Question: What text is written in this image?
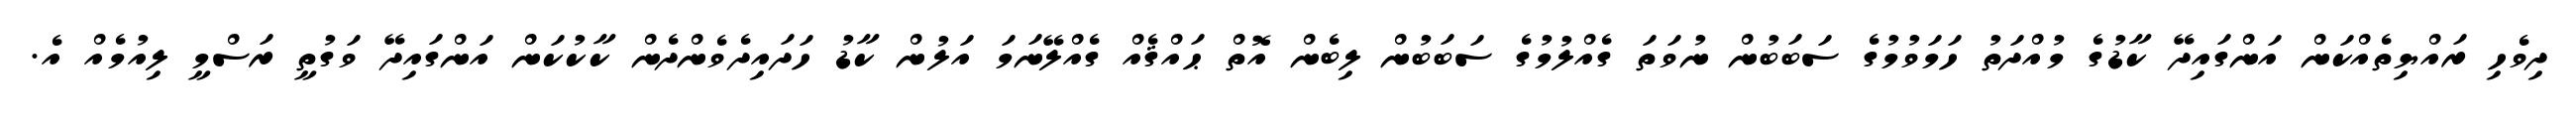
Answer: ދިވެހި ރައްޔިތެއްކަން އަންގައިދޭ ކާޑުގެ މުއްދަތު ހަމަވުމުގެ ސަބަބުން ނުވަތަ ގެއްލުމުގެ ސަބަބުން ލިބެން އޮތް ޙައްޤެއް ގެއްލޭނަމަ އަލުން ކާޑު ހަދައިދެވެންދެން ކާކުކަން އަންގައިދޭ ވަގުތީ ރަސްމީ ލިއުމެއް އެ.